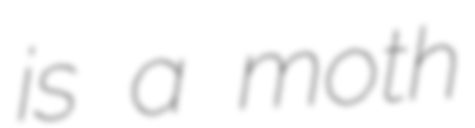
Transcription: is a moth